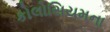
કોલોસિયમના